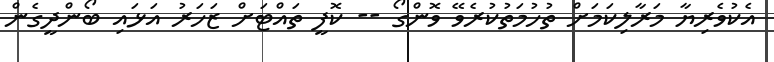
އެކުވެރިޔާ މަރާލިކަމަށް ތުހުމަތުކުރެވޭ ވޮންގޯ -- ކޮފީ ތައްޓަށް ޒަހަރު އަޅައި ބޯންދީގެން